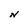
Character: N